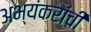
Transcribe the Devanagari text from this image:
अभ्यंकरांची